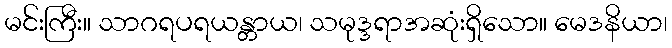
မင်းကြီး။ သာဂရပရယန္တာယ၊ သမုဒ္ဒရာအဆုံးရှိသော။ မေဒနိယာ၊